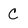
Character: C